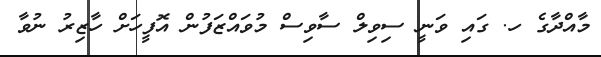
މާއްދާގެ ހ. ގައި ވަނީ ސިވިލް ސާވިސް މުވައްޒަފުން އޮފީހަށް ހާޒިރު ނުވާ